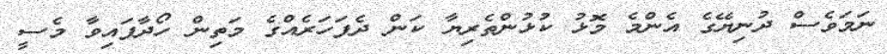
ނަމަވެސް ދުނިޔޭގެ އެންމެ މޮޅު ކުޅުންތެރިޔާ ކަން ދެފަހަރެއްގެ މަތިން ހޯދާފައިވާ މެސީ